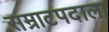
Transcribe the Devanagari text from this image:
सम्राटपदाला